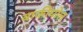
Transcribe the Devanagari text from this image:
वाकीघोल